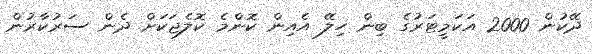
ދޭކުން 2000 އަކަމީޓަރުގެ ބިން ހިލޭ އެއިން ކޮންމެ ކޮލެޖަކަށް ދެން ސަރުކާރުން